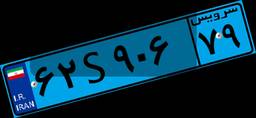
۶۲S۹۰۶۷۹